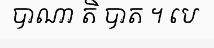
បាណា តិ បាត ។ បេ